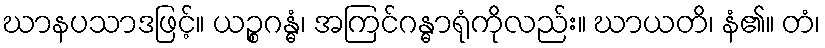
ဃာနပသာဒဖြင့်။ ယဉ္စဂန္ဓံ၊ အကြင်ဂန္ဓာရုံကိုလည်း။ ဃာယတိ၊ နံ၏။ တံ၊